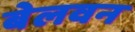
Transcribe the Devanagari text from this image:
बेलवन